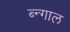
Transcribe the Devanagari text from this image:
ब्न्गाल